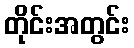
တိုင်းအတွင်း